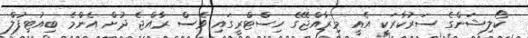
ކޯލިޝަންގެ ސަރުކާރަކީ އެއީ މިރާއްޖޭގެ ހިސްޓްރީގައި ވެސް ރާއްޖެ ދުށް އެންމެ ބިއުޓިފުލް